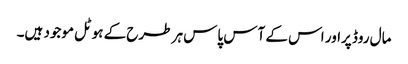
مال روڈ پراور اس کے آس پاس ہر طرح کے ہوٹل موجود ہیں۔